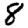
Digit: 8